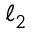
\ell _ { 2 }